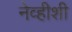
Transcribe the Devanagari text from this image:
नेव्हीशी